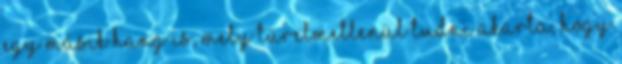
egy másik hang is, mely türelmetlenül tudni akarta, hogy